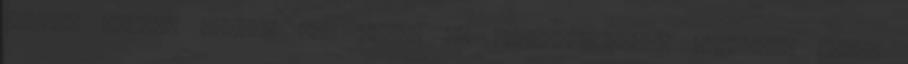
kékség mellé. Tárgy: Re: Gyom- és gyógynövénytan tanterem Hétf.